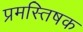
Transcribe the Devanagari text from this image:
प्रमस्तिषक